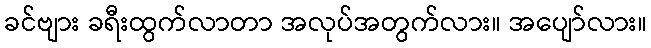
ခင်ဗျား ခရီးထွက်လာတာ အလုပ်အတွက်လား။ အပျော်လား။